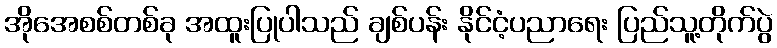
အိုအေစစ်တစ်ခု အထူးပြုပါသည် ချစ်ပန်း နိုင်ငံ့ပညာရေး ပြည်သူ့တိုက်ပွဲ